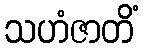
သဟံဇာတိံ